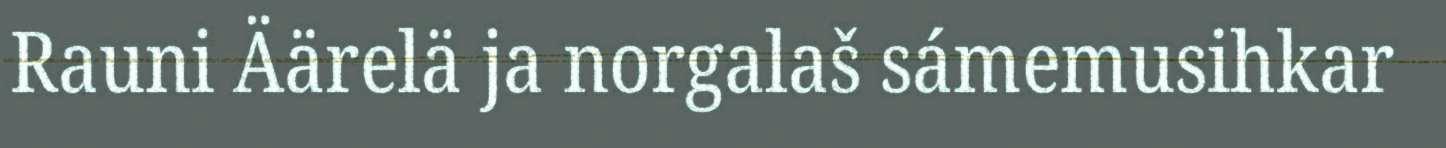
Rauni Äärelä ja norgalaš sámemusihkar